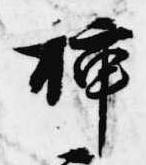
挿